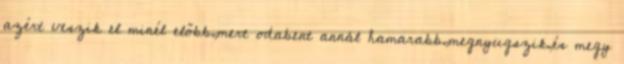
azért veszik el minél előbb,mert odabent annál hamarabb,megnyugszik,és megy